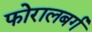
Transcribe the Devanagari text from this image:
फोरालबर्ग